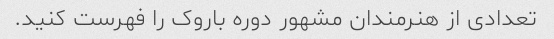
تعدادی از هنرمندان مشهور دوره باروک را فهرست کنید.